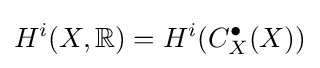
H^{i}(X,\mathbb {R} )=H^{i}(C_{X}^{\bullet }(X))